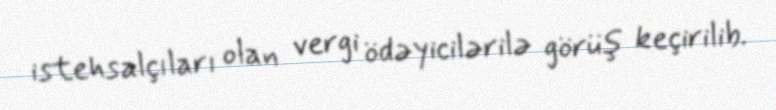
istehsalçıları olan vergi ödəyicilərilə görüş keçirilib.